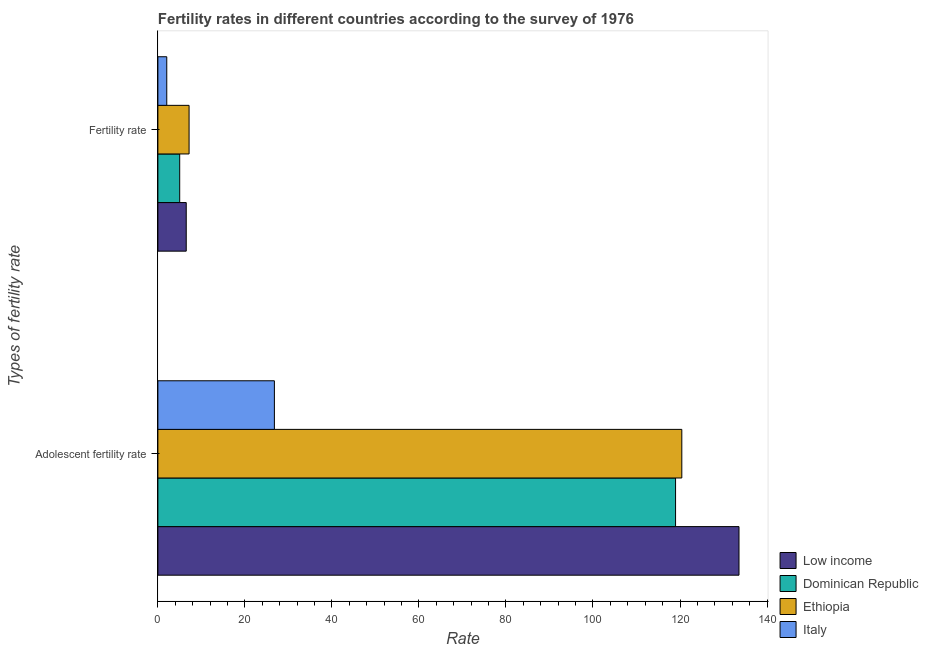
| Types of fertility rate | Low income | Dominican Republic | Ethiopia | Italy |
 | --- | --- | --- | --- | --- |
 | Adolescent fertility rate | 134 | 119 | 120 | 26.8 |
 | Fertility rate | 6.52 | 5.01 | 7.17 | 2.04 |